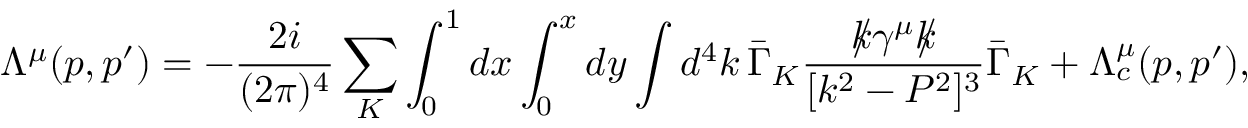
\Lambda ^ { \mu } ( p , p ^ { \prime } ) = - \frac { 2 i } { ( 2 \pi ) ^ { 4 } } \sum _ { K } \int _ { 0 } ^ { 1 } d x \int _ { 0 } ^ { x } d y \int d ^ { 4 } k \, \bar { \Gamma } _ { K } \frac { k \llap / \gamma ^ { \mu } k \llap / } { [ k ^ { 2 } - P ^ { 2 } ] ^ { 3 } } \bar { \Gamma } _ { K } + \Lambda _ { c } ^ { \mu } ( p , p ^ { \prime } ) ,